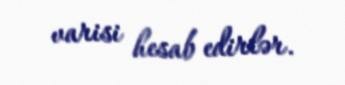
varisi hesab edirlər.